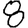
Digit: 8